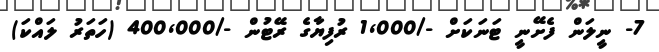
7- ނީލަން ފެށޭނީ ޓަނަކަށް -/1